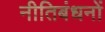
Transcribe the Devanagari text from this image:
नीतिबंधनों